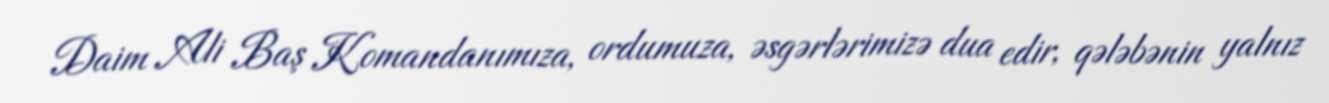
Daim Ali Baş Komandanımıza, ordumuza, əsgərlərimizə dua edir, qələbənin yalnız